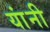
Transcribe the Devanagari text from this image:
यांंनी